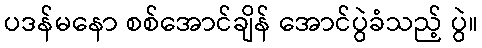
ပဒန်မနော စစ်အောင်ချိန် အောင်ပွဲခံသည့် ပွဲ။